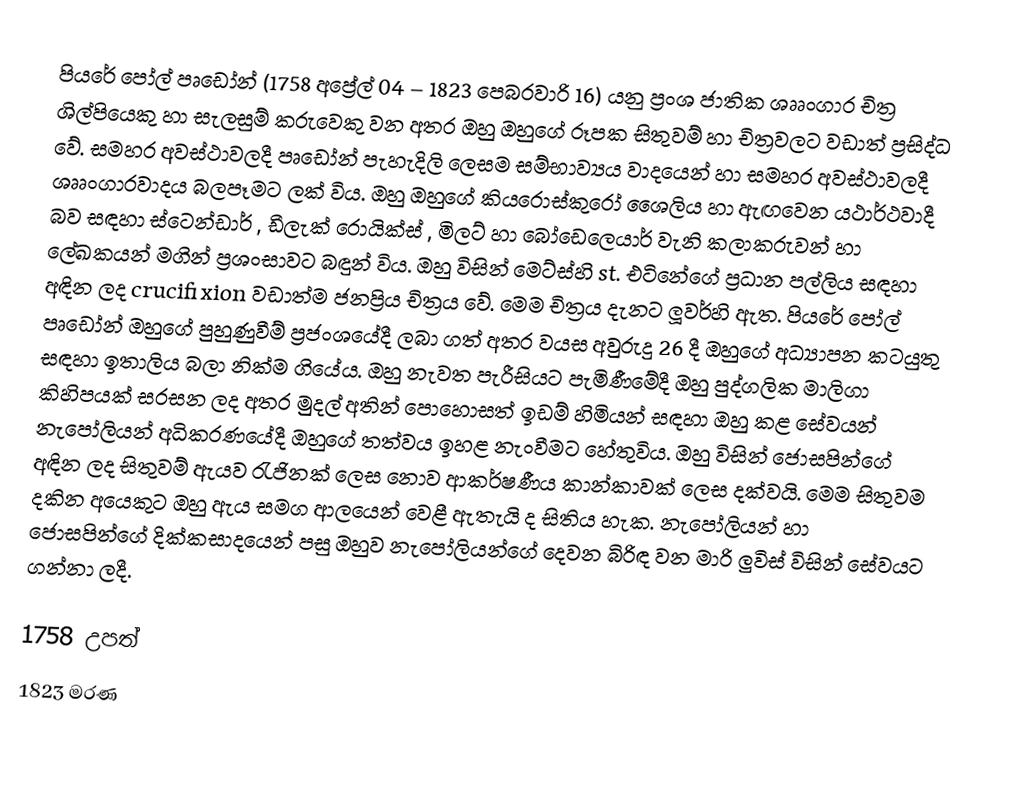
පියරේ පෝල් පෘඩෝන් (1758 අප්‍රේල් 04 – 1823 පෙබරවාරි 16) යනු ප්‍රංශ ජාතික ශෲංගාර චිත්‍ර ශිල්පියෙකු හා සැලසුම් කරුවෙකු වන අතර ඔහු ඔහුගේ රූපක සිතුවම් හා චිත්‍රවලට වඩාත් ප්‍රසිද්ධ වේ. සමහර අවස්ථාවලදී පෘඩෝන් පැහැදිලි ලෙසම සම්භාව්‍යය වාදයෙන් හා සමහර අවස්ථාවලදී ශෲංගාරවාදය බලපෑමට ලක් විය. ඔහු ඔහුගේ කියරොස්කුරෝ ශෛලිය හා ඇඟවෙන යථාර්ථවාදී බව සඳහා ස්ටෙන්ඩාර් , ඩීලැක් රොයික්ස් , මිලට් හා බෝඩෙලෙයාර් වැනි කලාකරුවන් හා ලේඛකයන් මගින් ප්‍රශංසාවට බඳුන් විය. ඔහු විසින් මෙට්ස්හි st. එටිනේගේ ප්‍රධාන පල්ලිය සඳහා අඳින ලද crucifixion වඩාත්ම ජනප්‍රිය චිත්‍රය වේ. මෙම චිත්‍රය දැනට ලූවර්හි ඇත. පියරේ පෝල් පෘඩෝන් ඔහුගේ පුහුණුවීම් ප්‍රජංශයේදී ලබා ගත් අතර වයස අවුරුදු 26 දී ඔහුගේ අධ්‍යාපන කටයුතු සඳහා ඉතාලිය බලා නික්ම ගියේය. ඔහු නැවත පැරීසියට පැමිණීමේදී ඔහු පුද්ගලික මාලිගා කිහිපයක් සරසන ලද අතර මුදල් අතින් පොහොසත් ඉඩම් හිමියන් සඳහා ඔහු කළ සේවයන් නැපෝලියන් අධිකරණයේදී ඔහුගේ තත්වය ඉහළ නැංවීමට හේතුවිය. ඔහු විසින් ජොසපින්ගේ අඳින ලද සිතුවම් ඇයව රැජිනක් ලෙස නොව ආකර්ෂණීය කාන්කාවක් ලෙස දක්වයි. මෙම සිතුවම දකින අයෙකුට ඔහු ඇය සමග ආලයෙන් වෙළී ඇතැයි ද සිතිය හැක. නැපෝලියන් හා ජොසපින්ගේ දික්කසාදයෙන් පසු ඔහුව නැපෝලියන්ගේ දෙවන බිරිඳ වන මාරි ලුවිස් විසින් සේවයට ගන්නා ලදී.

1758 උපත්
1823 මරණ